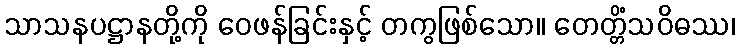
သာသနပဋ္ဌာနတို့ကို ဝေဖန်ခြင်းနှင့် တကွဖြစ်သော။ တေတ္တိံသဝိဓဿ၊